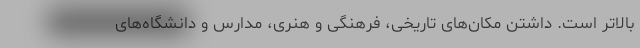
بالاتر است. داشتن مکان‌های تاریخی، فرهنگی و هنری، مدارس و دانشگاه‌های